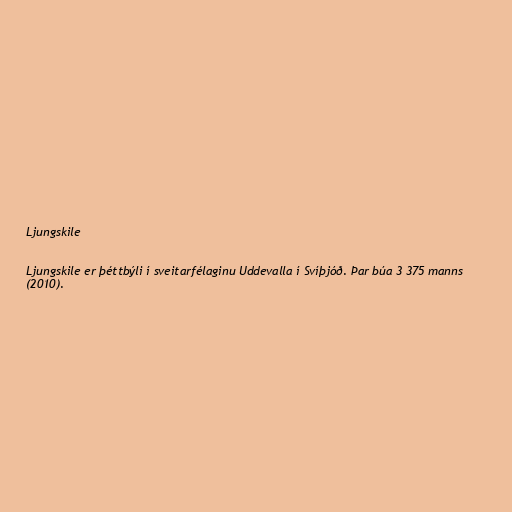
Ljungskile

Ljungskile er þéttbýli í sveitarfélaginu Uddevalla í Svíþjóð. Þar búa 3 375 manns
(2010).